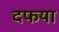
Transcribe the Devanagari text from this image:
दफया